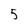
Character: 5